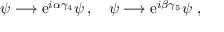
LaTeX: \psi \longrightarrow \mathrm { e } ^ { i \alpha \gamma _ { 4 } } \psi \, , \quad \psi \longrightarrow \mathrm { e } ^ { i \beta \gamma _ { 5 } } \psi \ ,